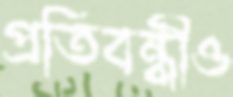
প্রতিবন্ধীও